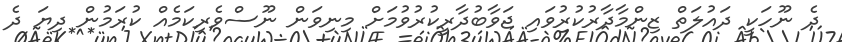
ދެ ނޫހަކީ ދައުލަތް ޒިންމާދާރުކުރުވައި ޖަވާބުދާރީކުރުވުމަށް މިނިވަން ނޫސްވެރިކަމެއް ކުރަމުން ދިޔަ ދެ